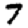
Digit: 7